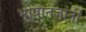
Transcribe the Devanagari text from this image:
भाषातज्ञांनी